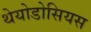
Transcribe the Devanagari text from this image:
थेयोडोसियस